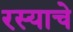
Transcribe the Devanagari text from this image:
रस्याचे